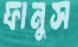
ফানুস